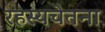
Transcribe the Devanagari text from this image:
रहस्यचेतना